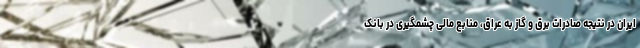
ایران در نتیجه صادرات برق و گاز به عراق، منابع مالی چشمگیری در بانک